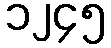
၁၂၄၅